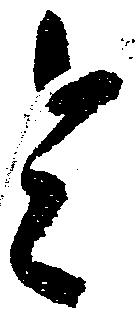
令